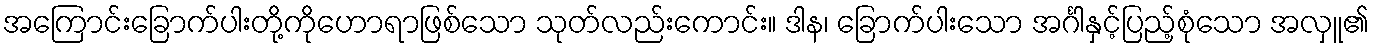
အကြောင်းခြောက်ပါးတို့ကိုဟောရာဖြစ်သော သုတ်လည်းကောင်း။ ဒါန၊ ခြောက်ပါးသော အင်္ဂါနှင့်ပြည့်စုံသော အလှူ၏